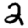
Digit: 2